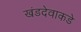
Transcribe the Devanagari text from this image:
खंडदेवाकडे